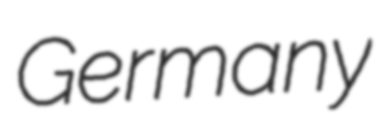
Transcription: Germany